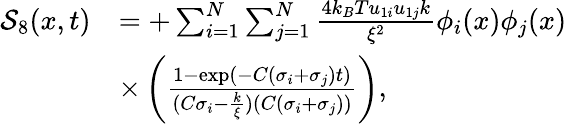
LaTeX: \begin{array}{rl}{\mathcal{S}_{8}(x,t)}&{=+\sum_{i=1}^{N}\sum_{j=1}^{N}\frac{4k_{B}Tu_{1i}u_{1j}k}{\xi^{2}}\phi_{i}(x)\phi_{j}(x)}\\ &{\times\left(\frac{1-\exp(-C(\sigma_{i}+\sigma_{j})t)}{(C\sigma_{i}-\frac{k}{\xi})(C(\sigma_{i}+\sigma_{j}))}\right),}\end{array}